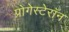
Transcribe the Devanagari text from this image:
प्रोगेस्टेरॉन